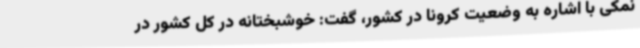
نمکی با اشاره به وضعیت کرونا در کشور، گفت: خوشبختانه در کل کشور در